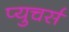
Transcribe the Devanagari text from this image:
प्युचर्स